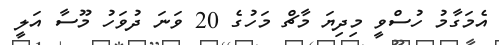
އެމަގާމު ހުސްވީ މިދިޔަ މާޗް މަހުގެ 20 ވަނަ ދުވަހު މޫސާ އަލީ